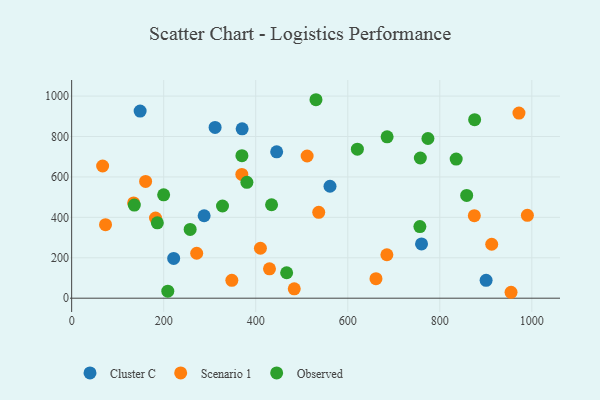
{"axis": {"x": "Distance", "y": "Exam Score"}, "legend": ["Cluster C", "Observed", "Scenario 1"], "data": [{"x": "370.5", "y": 838.0, "type": "Cluster C"}, {"x": "148.8", "y": 925.8, "type": "Cluster C"}, {"x": "287.9", "y": 408.0, "type": "Cluster C"}, {"x": "311.7", "y": 844.9, "type": "Cluster C"}, {"x": "221.7", "y": 196.6, "type": "Cluster C"}, {"x": "900.6", "y": 88.2, "type": "Cluster C"}, {"x": "445.5", "y": 724.3, "type": "Cluster C"}, {"x": "760.3", "y": 268.6, "type": "Cluster C"}, {"x": "561.4", "y": 554.0, "type": "Cluster C"}, {"x": "875.0", "y": 408.4, "type": "Scenario 1"}, {"x": "134.7", "y": 471.6, "type": "Scenario 1"}, {"x": "67.3", "y": 654.1, "type": "Scenario 1"}, {"x": "348.1", "y": 88.2, "type": "Scenario 1"}, {"x": "271.7", "y": 222.4, "type": "Scenario 1"}, {"x": "429.9", "y": 145.4, "type": "Scenario 1"}, {"x": "369.8", "y": 612.2, "type": "Scenario 1"}, {"x": "685.0", "y": 214.9, "type": "Scenario 1"}, {"x": "661.3", "y": 96.5, "type": "Scenario 1"}, {"x": "511.7", "y": 703.6, "type": "Scenario 1"}, {"x": "972.0", "y": 915.8, "type": "Scenario 1"}, {"x": "73.6", "y": 363.9, "type": "Scenario 1"}, {"x": "483.7", "y": 46.3, "type": "Scenario 1"}, {"x": "410.2", "y": 247.2, "type": "Scenario 1"}, {"x": "182.2", "y": 396.4, "type": "Scenario 1"}, {"x": "912.8", "y": 266.8, "type": "Scenario 1"}, {"x": "990.3", "y": 409.8, "type": "Scenario 1"}, {"x": "536.9", "y": 424.7, "type": "Scenario 1"}, {"x": "954.8", "y": 29.3, "type": "Scenario 1"}, {"x": "160.7", "y": 577.7, "type": "Scenario 1"}, {"x": "136.2", "y": 460.8, "type": "Observed"}, {"x": "756.7", "y": 354.4, "type": "Observed"}, {"x": "208.9", "y": 34.8, "type": "Observed"}, {"x": "685.5", "y": 798.2, "type": "Observed"}, {"x": "434.4", "y": 462.4, "type": "Observed"}, {"x": "774.2", "y": 790.1, "type": "Observed"}, {"x": "757.7", "y": 693.6, "type": "Observed"}, {"x": "835.6", "y": 688.2, "type": "Observed"}, {"x": "530.9", "y": 982.0, "type": "Observed"}, {"x": "327.8", "y": 456.1, "type": "Observed"}, {"x": "858.4", "y": 508.4, "type": "Observed"}, {"x": "370.0", "y": 705.3, "type": "Observed"}, {"x": "875.7", "y": 883.1, "type": "Observed"}, {"x": "257.5", "y": 340.4, "type": "Observed"}, {"x": "186.2", "y": 373.1, "type": "Observed"}, {"x": "380.8", "y": 573.2, "type": "Observed"}, {"x": "620.9", "y": 737.5, "type": "Observed"}, {"x": "199.9", "y": 511.3, "type": "Observed"}, {"x": "467.2", "y": 126.0, "type": "Observed"}]}